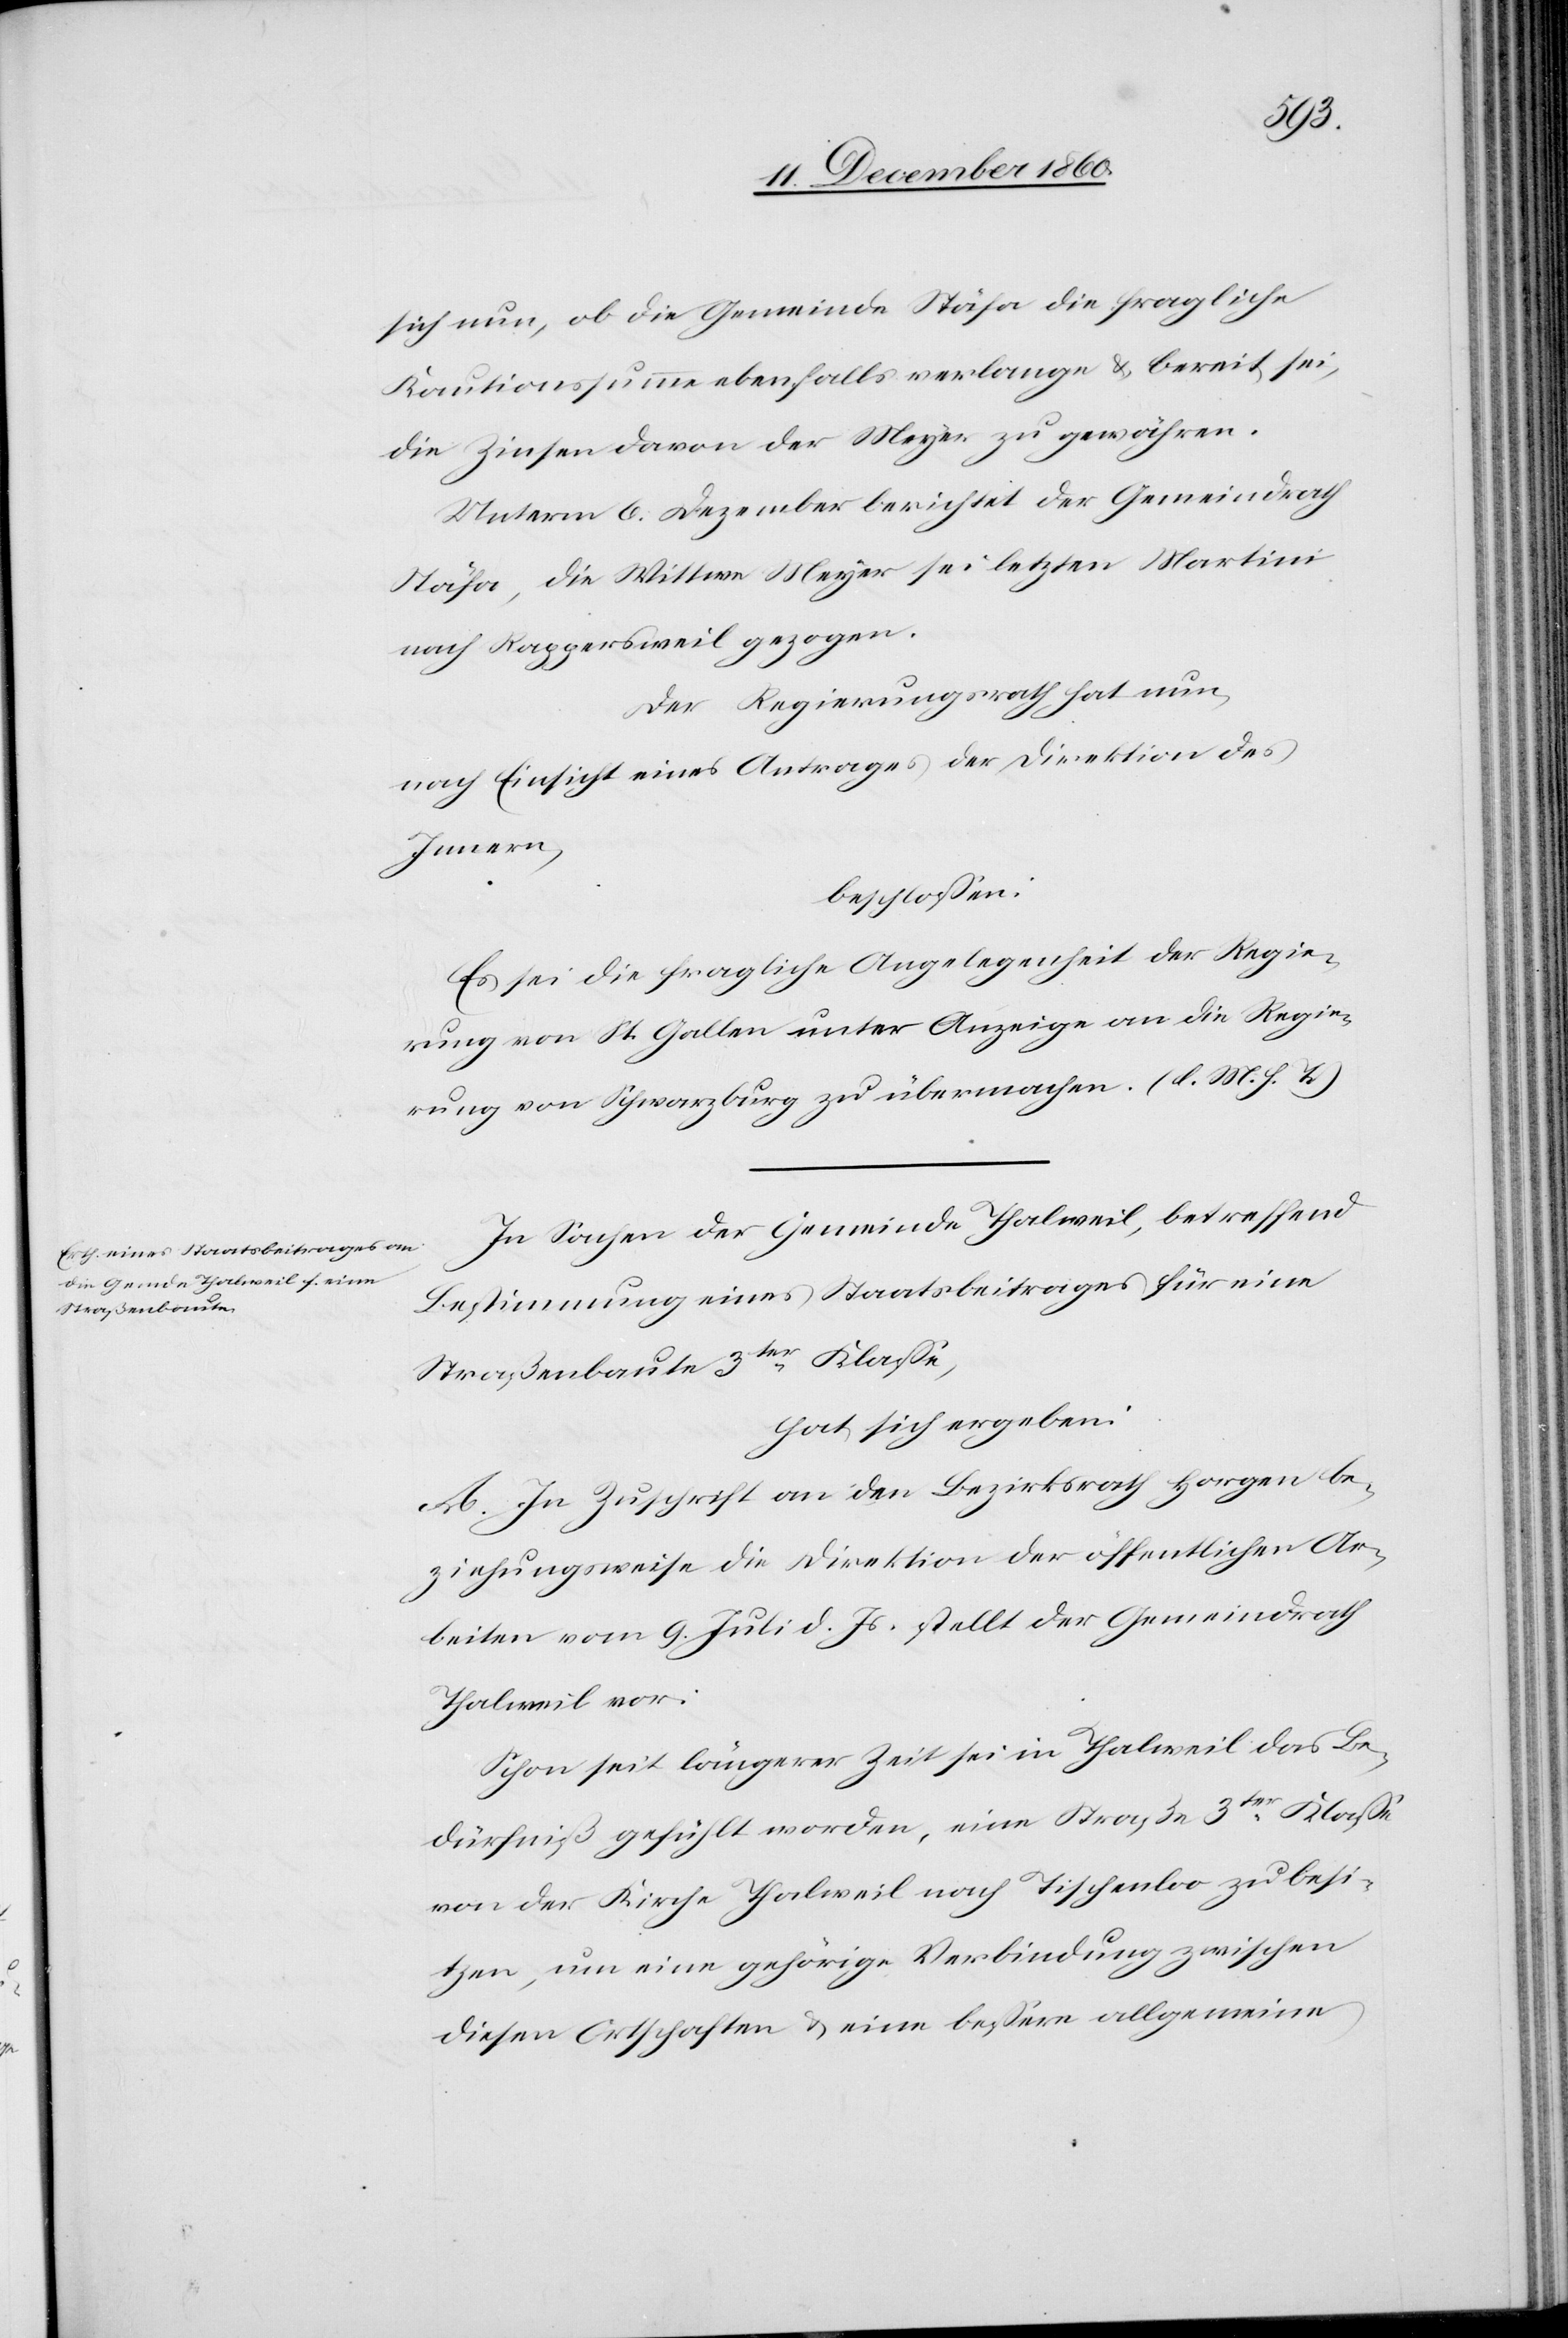
sich nun, ob die Gemeinde Stäfa die fragliche
Kautionssumme ebenfalls verlange u. bereit sei,
die Zinsen davon der Meyer zu gewähren.
Unterm 6. Dezember berichtet der Gemeindrath
Stäfa, die Wittwe Meyer sei letzten Martini
nach Rappersweil gezogen.
Der Regierungsrath hat nun,
nach Einsicht eines Antrages der Direktion des
Innern,
beschlossen:
Es sei die fragliche Angelegenheit der Regie¬
rung von St. Gallen unter Anzeige an die Regie¬
rung von Schwarzenburg zu übermachen. (l. M. h. T.)
In Sachen der Gemeinde Thalweil, betreffend
Bestimmung eines Staatsbeitrages für eine
Straßenbaute 3ter Klasse,
hat sich ergeben:
A. In Zuschrift an den Bezirksrath Horgen be¬
ziehungsweise die Direktion der öffentlichen Ar¬
beiten vom 9. Juli d. Js. stellt der Gemeindrath
Thalweil vor:
Schon seit längerer Zeit sei in Thalweil das Be¬
dürfniß gefühlt worden, eine Straße 3ter Klasse
von der Kirche Thalweil nach Tischenloo zu besi¬
tzen, um eine gehörige Verbindung zwischen
diesen Ortschaften u. eine bessere allgemeine